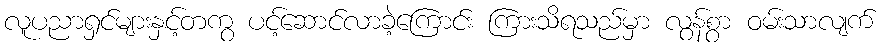
လူပညာရှင်များနှင့်တကွ ပင့်ဆောင်လာခဲ့ကြောင်း ကြားသိရသည်မှာ လွန်စွာ ဝမ်းသာလျက်